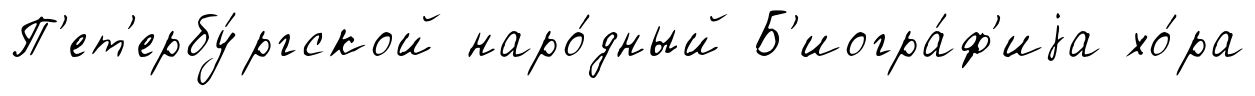
П'ет'ербу́ргской наро́дный Б'иогра́ф'иjа хо́ра